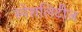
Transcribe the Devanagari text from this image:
स्पेशलिटीज़